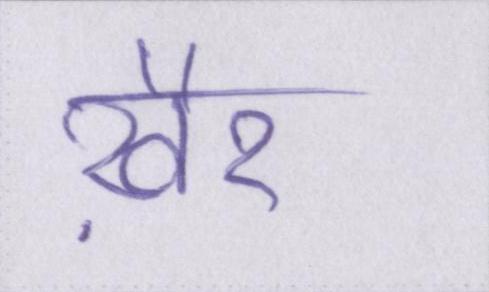
ख़ैर